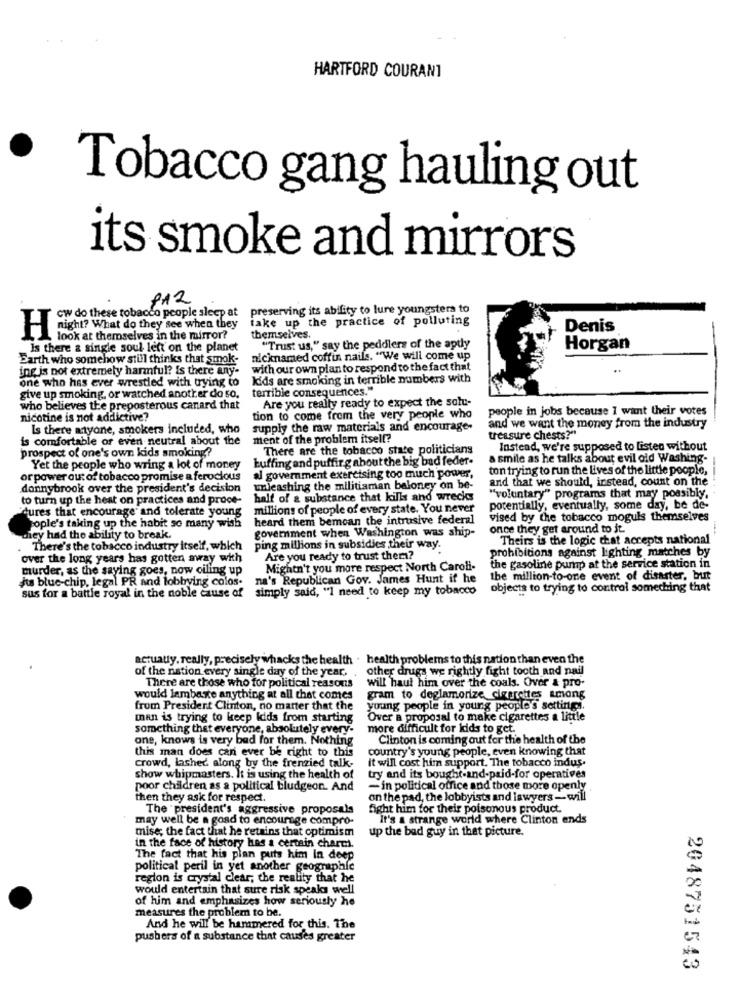
HARTFORD COURANT
Tobacco gang hauling out
its smoke and mirrors
P12
preserving its ability to lure youngsters to
cw do these tobacco people sleep at
take up the practice of polluting
Denis
HRight? What do they see when they
look at themselves in the mirror?
themselves.
Is there a single soul lett on the planet
"Trust us," say the peddlers of the aptly
Horgan
Earth who somehow stul thinks that smok-
nicknamed coffin nails. "We will come up
ing is not extremely harmful? is there any-
with our own plan to respond to the fact that
one who has ever wrestled with trying to
kids are smoking in terrible numbers with
terrible consequences."
give up smoking, or watched another do so.
Are you really ready to expect the solu-
who believes the preposterous canard that
people in jobs because I want their votes
nicotine is not addictive?
tion to come from the very people who
Is there anyone, smokers included, who
supply the raw materials and encourage-
and we want the money from the industry
is comfortable or even neutral about the
ment of the problem itsell?
treasure chests?"
prospect of one's own kids smoking?
There are the tobacco state politicians
Instead, we're supposed to Listen without
buffing and puffir g about the big bad feder-
a smile as he talks about evil old Washing-
Yet the people who wring a lot of money
ton trying to run the lives of the little people,
or power out of tobacco promise a ferocious
al government exercising too much power,
and that we should, instead, count on the
donnybrook over the president's decision
unleashing the militiaman baloney on be-
to turn up the heat on practices and proce-
half of & substance that kills and wrecks
"voluntary" programs that may possibly,
dures that encourage and tolerate young
millions of people of every state. You never
potentially, eventually, some day, be de-
heard them bemcan the intrusive federal
vised by the tobacco moguls themselves
cople's taking up the habit so many wish
government when Washington was ship-
once they get around to it.
hey had the ability to break.
Theirs is the logic chat accepts national
There's the tobacco industry itself, which
ping millions in subsidies their way.
prohibitions against lighting matches by
over the long years has gotten away with
Are you ready to trust them?
murder, as the saying goes, now oiling up
Mightn't you more respect North Caroli-
the gasoline pump at the service station in
its blue-chip, legal PR and lobbying colos.
na's Republican Gov. James Hunt if he
the million-to-one event of disaster, but
simply said, "I need to keep my tobacco
objects to trying to control something that
sus for a battle royal in the noble cause of
actually, really, precisely whacks the health . health problems to this nation than even the
of the nation every single day of the year.
other drugs we rightly fight tooth and nail
will haut him over the coals. Over & pro-
There are those who for political reasons
would lambaste anything at all that comes
gram to deglamorize cianrettes among
from President Clinton, no matter that the
young people in young people's settings.
man is trying to keep kids from starting
Over a proposal to make cigarettes a little
something that everyone, absolutely every-
more difficult for kids to get.
one, knows is very bad for them. Nothing
Clinton is coming out for the health of the
this man does can ever be right to this
country's young people, even knowing that
it will cost him support. The tobacco indus.
crowd, lashed along by the frenzied talk-
show whipmasters. It is using the health of
try and its bought-and-paid-for operatives
poor children as a political bludgeon. And
-in political office and those more openly
then they ask for respect.
on the pad, the lobbyists and lawyers -will
The president's aggressive proposals
fight him for their poisonous product
may well be a gosd to encourage compro-
It's a strange world where Clinton ends
mise; the fact that he retains that optimism
up the bad guy in that picture.
in the face of history has a certain charch.
The fact that his plan puts him In deep
political peril in yet another geographic
region is crystal clear; the reality that he
would entertain that sure risk speaks well
of him and emphasizes how seriously he
measures the problem to be.
And he will be hammered for this. The
pushers of a substance that causes greater
2048751543